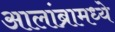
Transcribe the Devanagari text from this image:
आलांब्रामध्ये